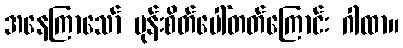
အနေကြာသော် မုန်းစိတ်ပေါ်တတ်ကြောင်း ဂါထာ။